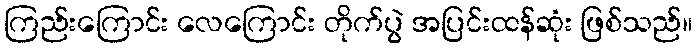
ကြည်းကြောင်း လေကြောင်း တိုက်ပွဲ အပြင်းထန်ဆုံး ဖြစ်သည်။